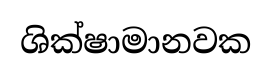
ශික්ෂාමානවක